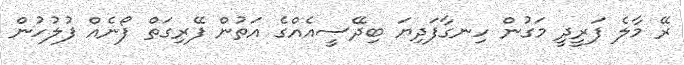
ރޭ މާލެ ފަރީދީ މަގުން ހިނގާފަދިޔަ ބިދޭސީއެއްގެ އަތުން ފޭރިގަތް ފޯނެއް ފުލުހުން